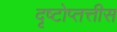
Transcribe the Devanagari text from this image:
दृष्टोप्तत्तीस